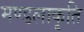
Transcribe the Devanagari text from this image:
मण्डलाकृति